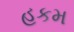
હકમ